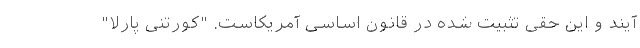
آیند و این حقی تثبیت شده در قانون اساسی آمریکاست. "کورتنی پارلا"